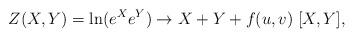
LaTeX: \begin{align*}Z(X,Y)=\ln( e^X e^Y ) \to X+Y+ f(u,v) \; [X,Y],\end{align*}